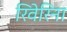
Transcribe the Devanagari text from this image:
रिवेरिना